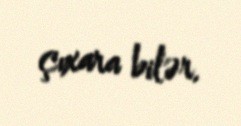
çıxara bilər.